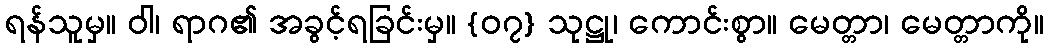
ရန်သူမှ။ ဝါ၊ ရာဂ၏ အခွင့်ရခြင်းမှ။ {၀၇} သုဋ္ဌု၊ ကောင်းစွာ။ မေတ္တာ၊ မေတ္တာကို။